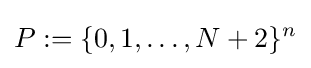
P:=\{0,1,\ldots ,N+2\}^{n}